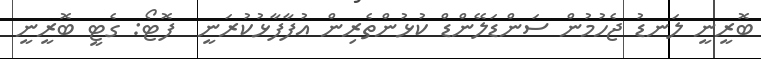
ބޮރީނީ ލަނޑު ޖެހުމުން ސަންޑަލޭންޑް ކުޅުންތެރިން އުފާފާޅުކުރަނީ  ފޮޓޯ: ގެޓީ ބޮރީނީ